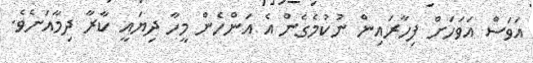
އަވަސް އަވަހަށް ފިހާރައިން ނުކުމެގެން އެ އަންހެން މީހާ ދިޔައީ ކާރާ ދިމާއަށެވެ.